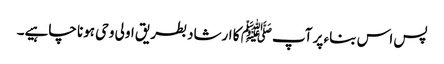
پس اس بناء پر آپﷺ کا ارشاد بطریق اولی وحی ہونا چاہیے۔